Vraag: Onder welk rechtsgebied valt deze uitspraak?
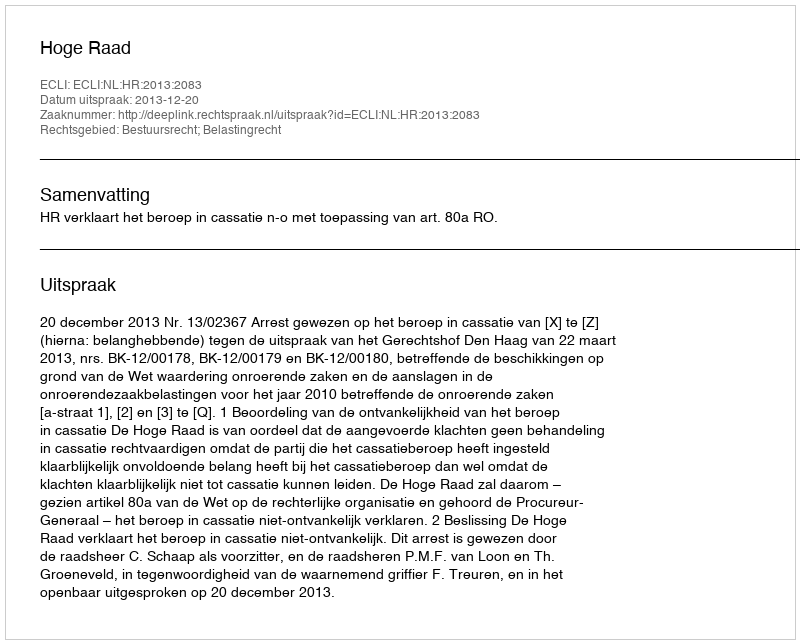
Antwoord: Bestuursrecht; Belastingrecht